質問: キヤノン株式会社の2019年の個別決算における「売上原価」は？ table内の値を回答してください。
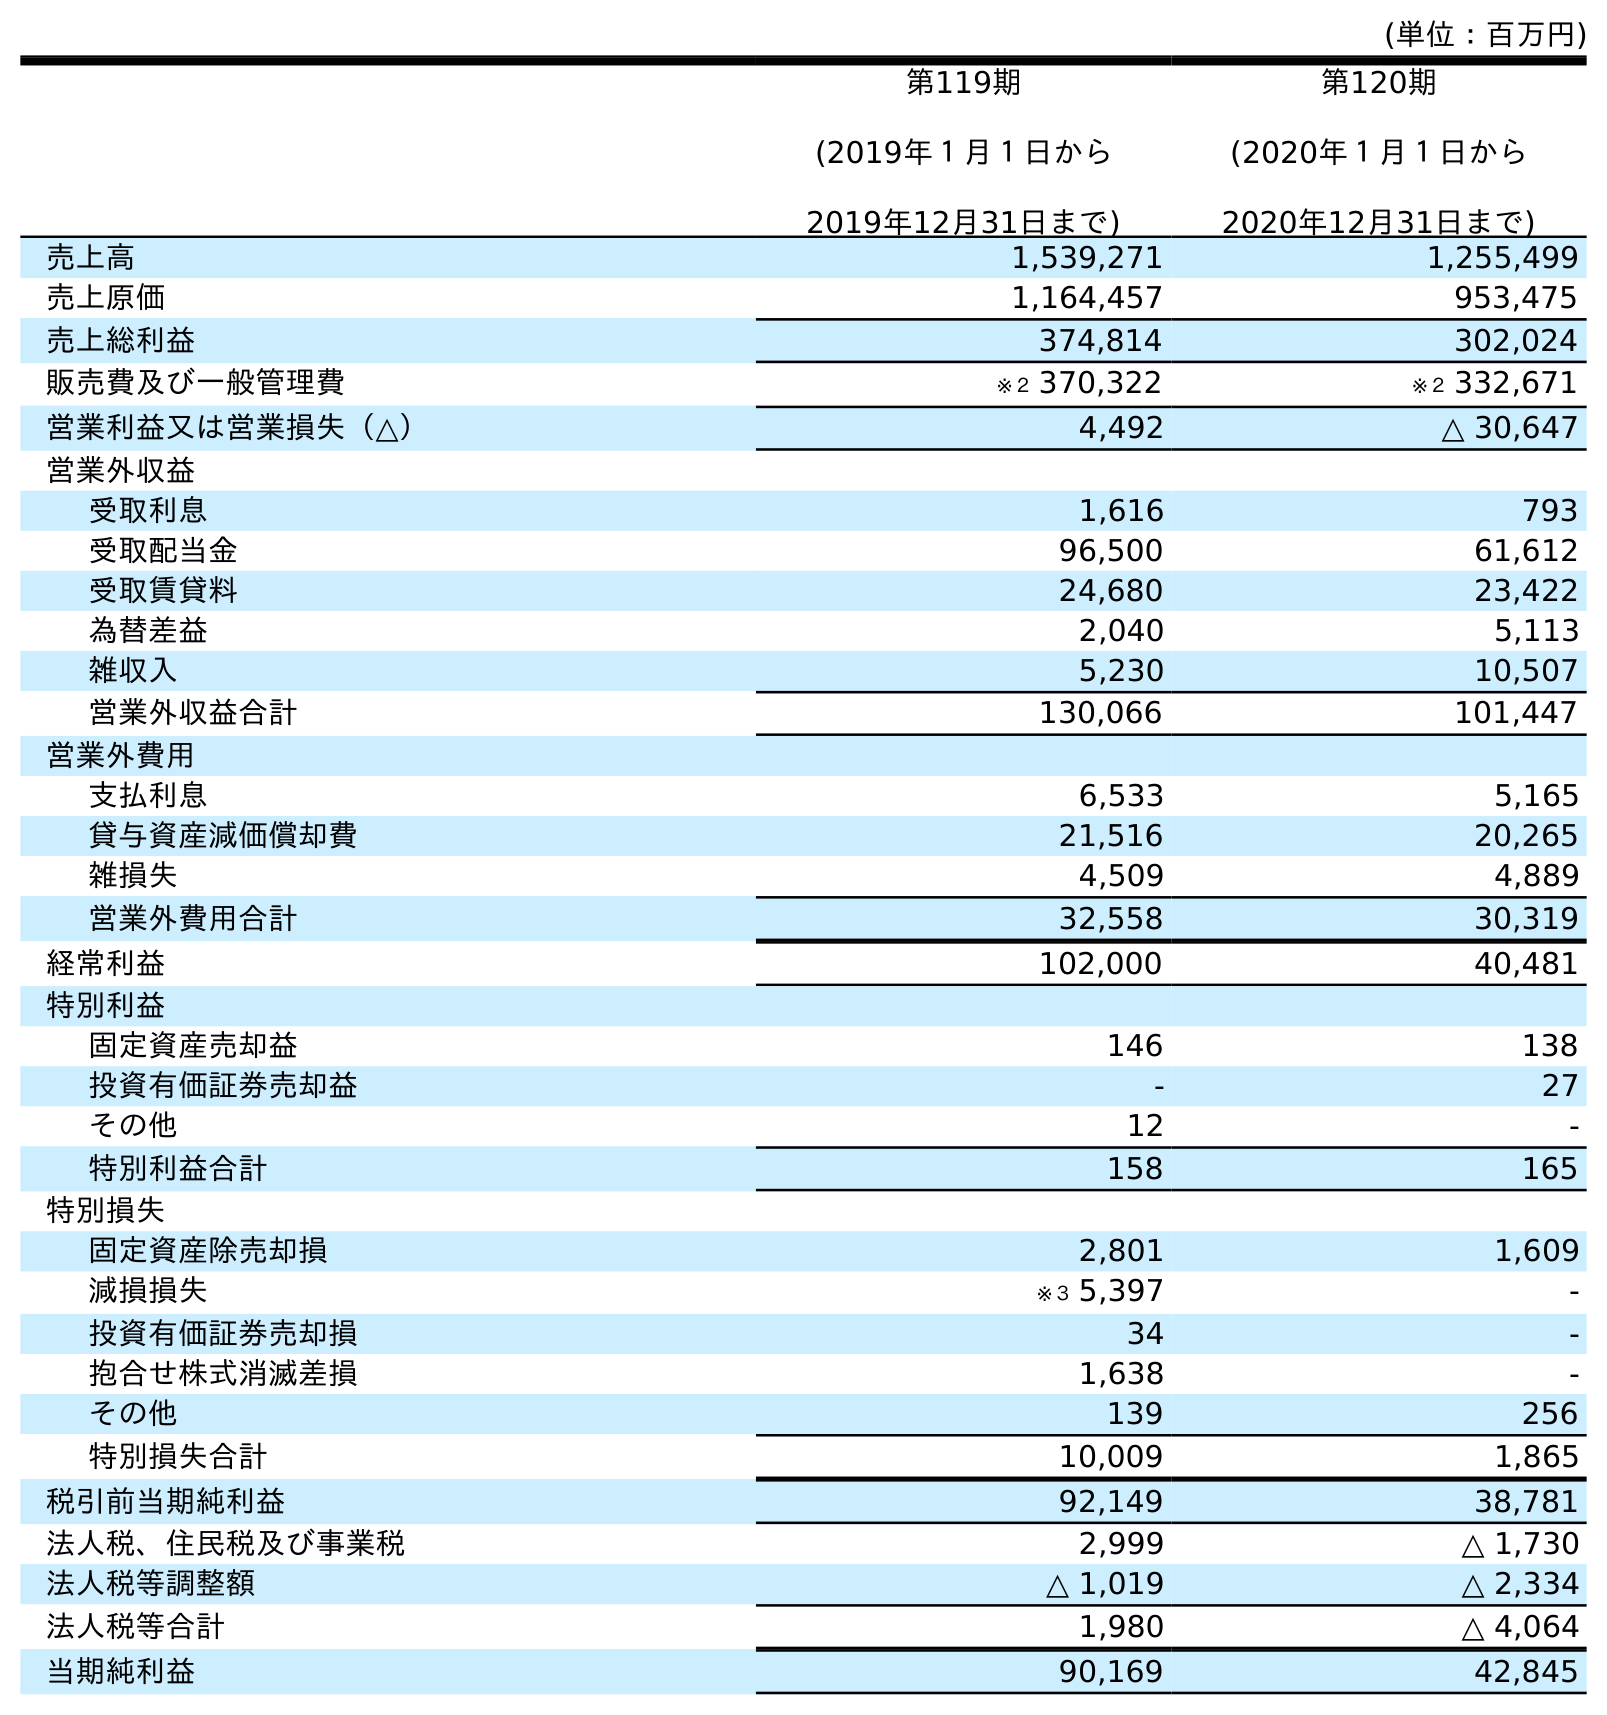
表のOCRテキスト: (単位：百万円) 第119期 (2019年１月１日から 2019年12月31日まで) 第120期 (2020年１月１日から 2020年12月31日まで) 売上高 1,539,271 1,255,499 売上原価 1,164,457 953,475 売上総利益 374,814 302,024 販売費及び一般管理費 ※２ 370,322 ※２ 332,671 営業利益又は営業損失（△） 4,492 △ 30,647 営業外収益 受取利息 1,616 793 受取配当金 96,500 61,612 受取賃貸料 24,680 23,422 為替差益 2,040 5,113 雑収入 5,230 10,507 営業外収益合計 130,066 101,447 営業外費用 支払利息 6,533 5,165 貸与資産減価償却費 21,516 20,265 雑損失 4,509 4,889 営業外費用合計 32,558 30,319 経常利益 102,000 40,481 特別利益 固定資産売却益 146 138 投資有価証券売却益 - 27 その他 12 - 特別利益合計 158 165 特別損失 固定資産除売却損 2,801 1,609 減損損失 ※３ 5,397 - 投資有価証券売却損 34 - 抱合せ株式消滅差損 1,638 - その他 139 256 特別損失合計 10,009 1,865 税引前当期純利益 92,149 38,781 法人税、住民税及び事業税 2,999 △ 1,730 法人税等調整額 △ 1,019 △ 2,334 法人税等合計 1,980 △ 4,064 当期純利益 90,169 42,845
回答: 1,164,457